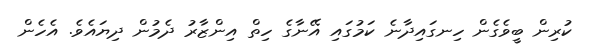
ކުރިން ބީވެގެން ހިނގައިދާނެ ކަމުގައި އޭނާގެ ހިތް އިންޒާރު ދެމުން ދިޔައެވެ. އެހެން